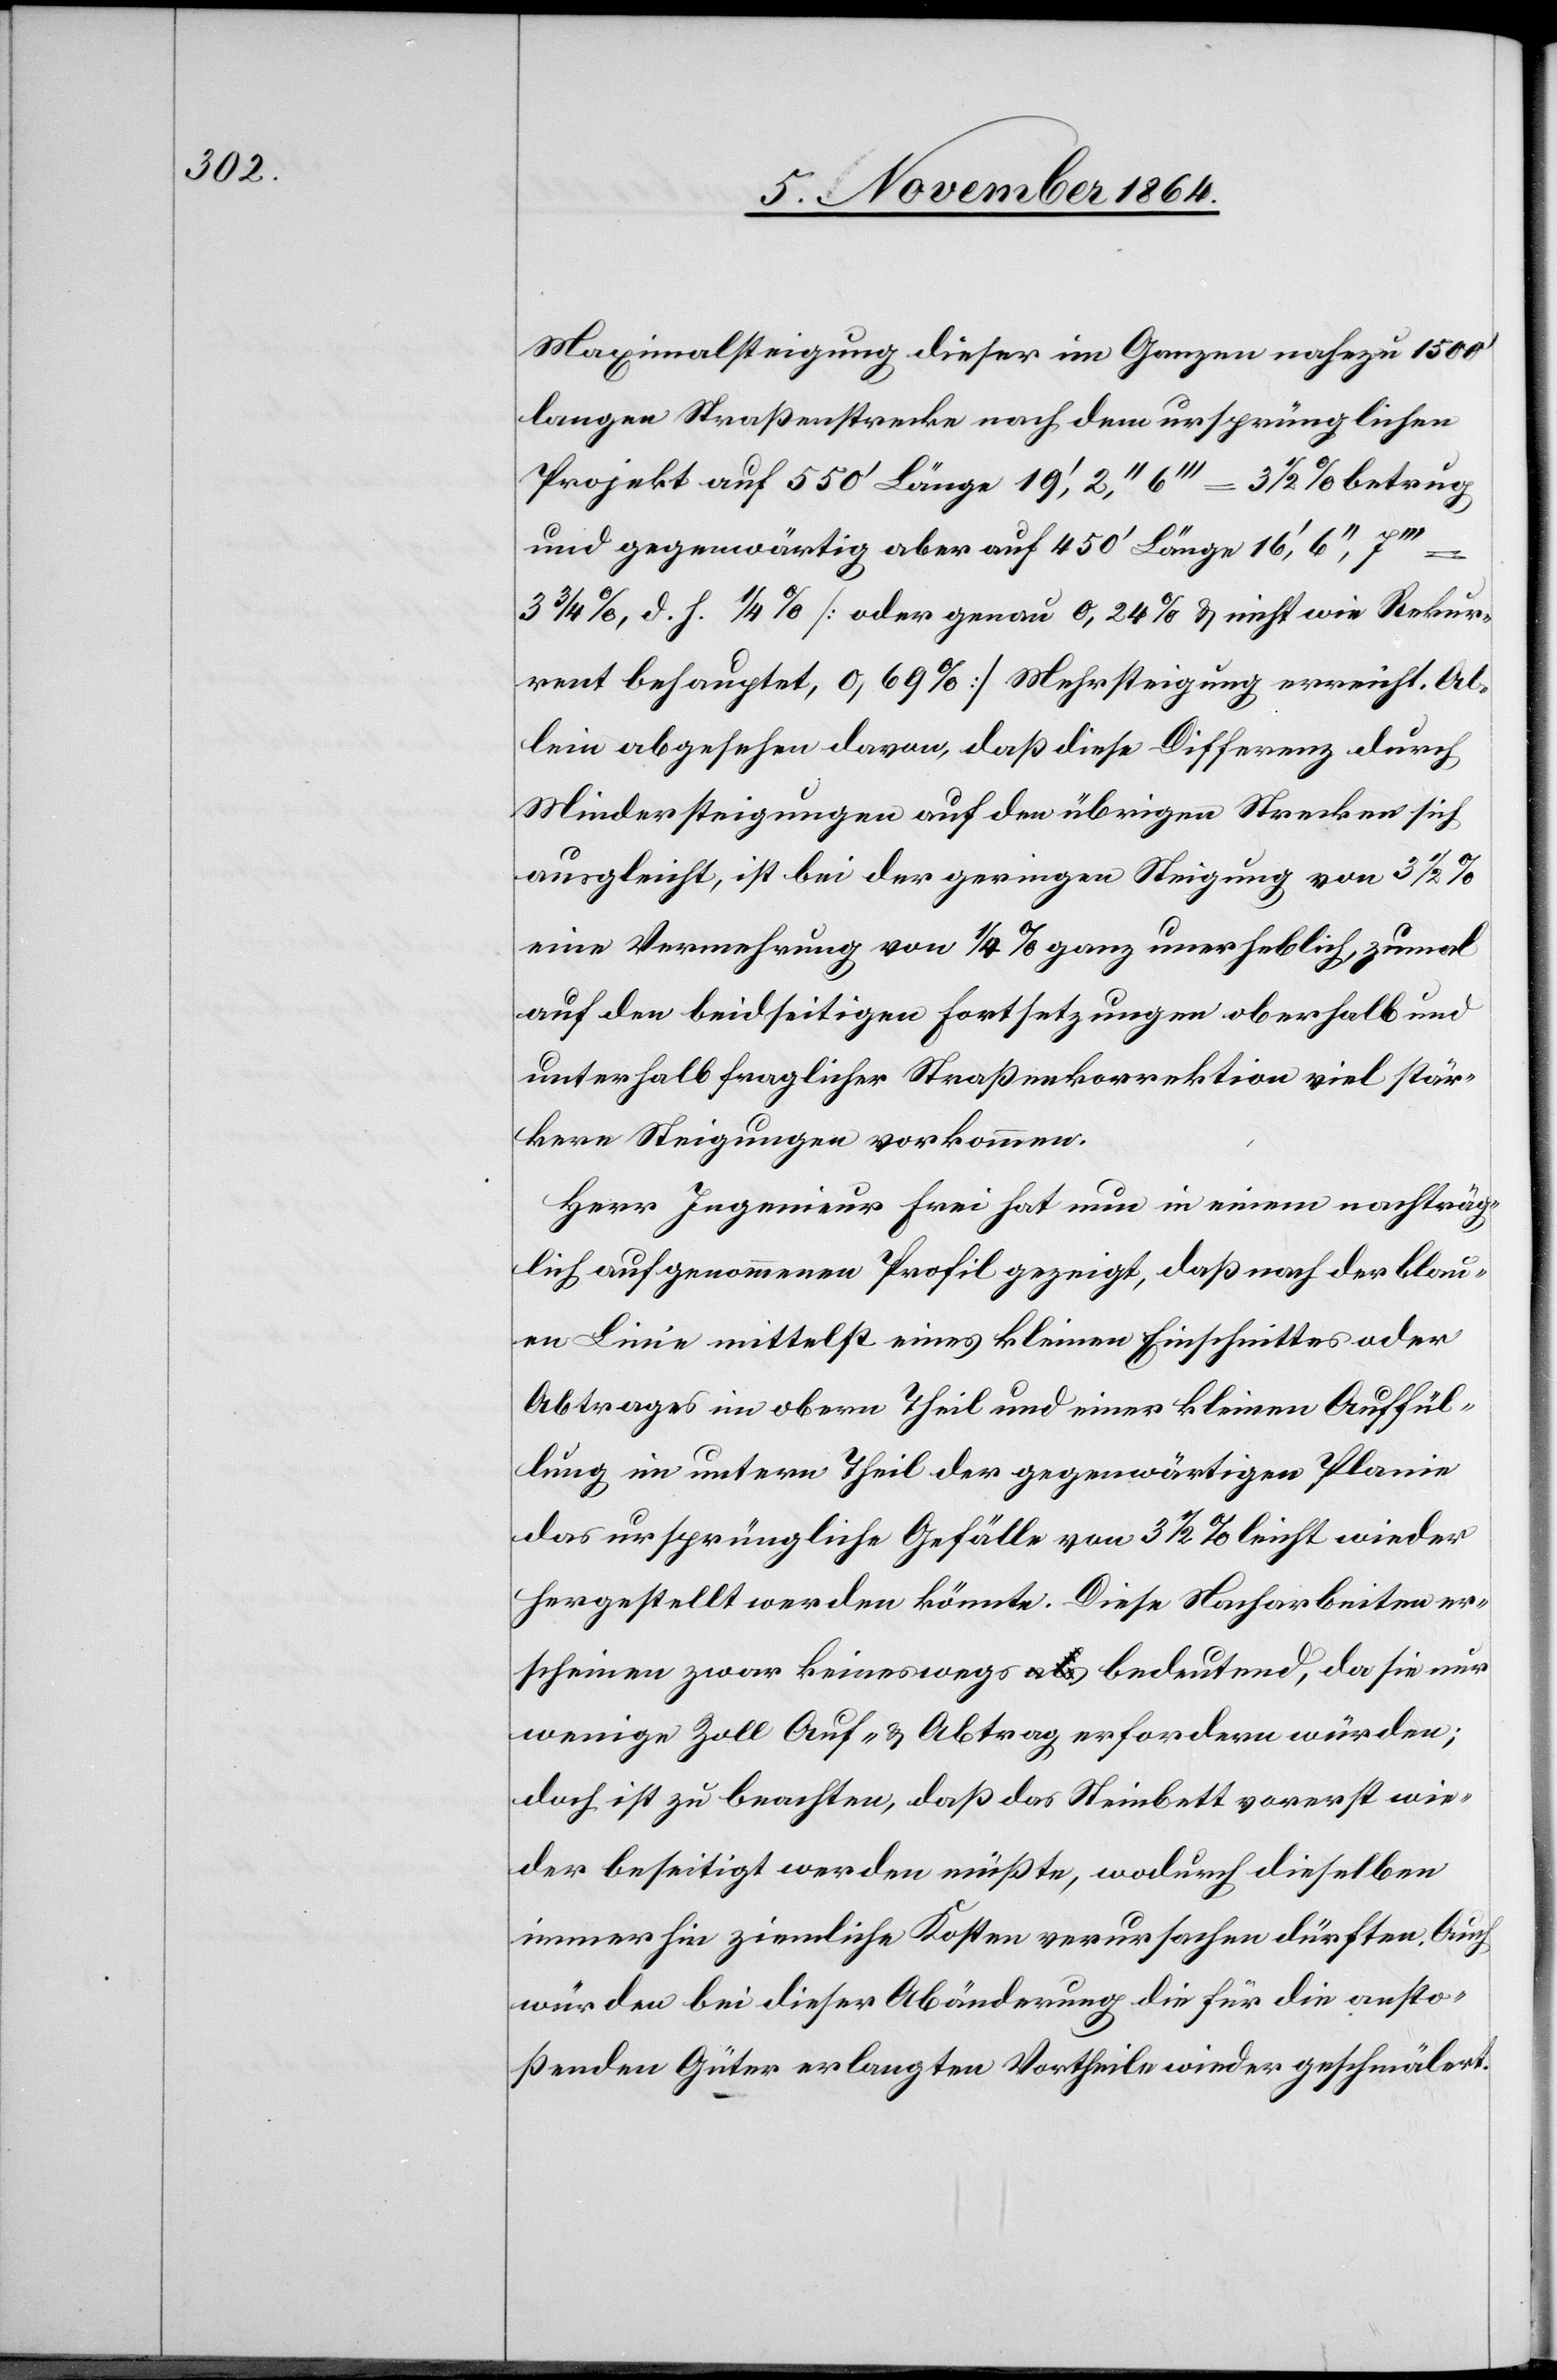
Maximalsteigung dieser im Ganzen nahezu 1500’
langen Straßenstrecke nach dem ursprünglichen
Projekt auf 550’ Länge 19’, 2’’, 6’’’ = 3 1/2% betrug
und gegenwärtig aber auf 450’ Länge 16’, 6’’, 7’’’
3 3/4%, d. h. 1/4% [oder genau 0,24% & nicht wie Rekur¬
rent behauptet 0,69%] Mehrsteigung erreicht. Al¬
lein abgesehen davon, daß diese Differenz durch
Mindersteigungen auf den übrigen Strecken sich
ausgleicht, ist bei der geringen Steigung von 3 1/2%
ie
eine Vermehrung von 1/4% ganz unerheblich, zumal
auf den beidseitigen Fortsetzungen oberhalb und
unterhalb fraglicher Straßenkorrektion viel stär¬
kere Steigungen vorkommen.
Herr Ingenieur Frei hat nun in einem nachträg¬
lich aufgenommenen Profil gezeigt, daß nach der blau¬
en Linie mittelst eines kleinen Einschnittes oder
Abtrages im obern Theil der gegenwärtigen Plan¬
das ursprüngliche Gefälle von 3 1/2% leicht wieder
hergestellt werden könnte. Diese Nacharbeiten er¬
scheinen zwar keineswegs bedeutend, da sie nur
wenige Zoll Auf- & Abtrag erfordern würden;
doch ist zu beachten, daß das Steinbett vorerst wie¬
der beseitigt werden müßte, wodurch dieselben
immerhin ziemliche Kosten verursachen dürften. Auch
würden bei dieser Abänderung die für die ansto¬
ßenden Güter erlangten Vortheile wieder geschmälert.